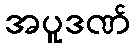
အပူဒဏ်